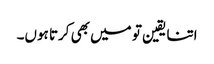
اتنا یقین تو میں بھی کرتا ہوں۔